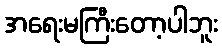
အရေးမကြီးတော့ပါဘူး